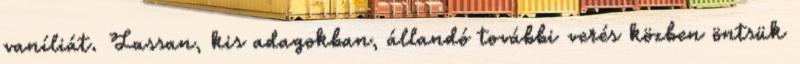
vaníliát. Lassan, kis adagokban, állandó további verés közben öntsük